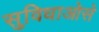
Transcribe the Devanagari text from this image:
सुविधाओसे